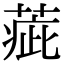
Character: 𦶉